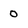
Character: 0